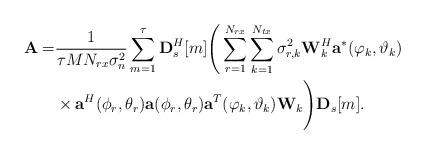
LaTeX: \begin{align*} \textbf{A} =& \frac{1}{\tau MN_{rx}\sigma_n^2}\sum_{m=1}^\tau \textbf{D}_s^H[m] \Bigg(\sum_{r=1}^{N_{rx}}\sum_{k=1}^{N_{tx}}\sigma_{r,k}^2 \textbf{W}_k^H\textbf{a}^{*}(\varphi_{k},\vartheta_{k})\\ &\times\textbf{a}^H(\phi_{r},\theta_{r})\textbf{a}(\phi_{r},\theta_{r})\textbf{a}^{T}(\varphi_{k},\vartheta_{k}) \textbf{W}_k\Bigg)\textbf{D}_s[m].\end{align*}